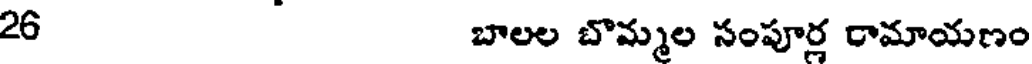
26 బాలల బొమ్మల సంపూర్ల రామాయణం